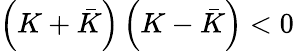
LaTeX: \left(K+\bar{K}\right)\left(K-\bar{K}\right)<0